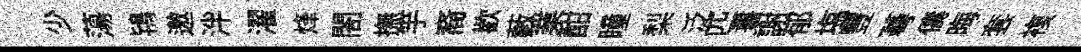
少蕩鴇邀泮濯烽閤撫竽裔歡藪業酣瞳梨泛匹書謝郁塩豐蕚儔晦套複